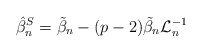
\begin{align*}\hat{\beta}_n^{S}=\tilde{\beta}_n -(p-2)\tilde{\beta}_n \mathcal{L}_n^{-1}\end{align*}